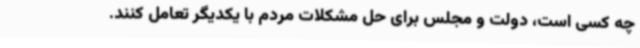
چه کسی است، دولت و مجلس برای حل مشکلات مردم با یکدیگر تعامل کنند.